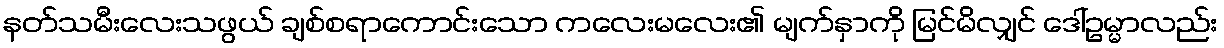
နတ်သမီးလေးသဖွယ် ချစ်စရာကောင်းသော ကလေးမလေး၏ မျက်နှာကို မြင်မိလျှင် ဒေါ်ဥမ္မာလည်း